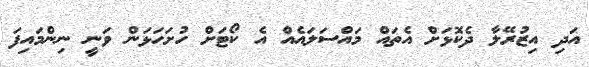
އަދި އިޒުރޭލާ ދެކޮޅަށް އެތައް މައްސަލައެއް އެ ކޯޓަށް ހުށަހަޅަން ވަނީ ނިންމައިފަ